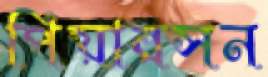
পিয়ারসন